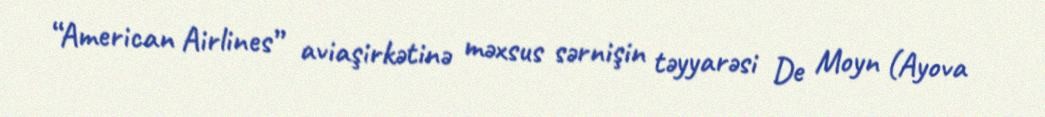
“American Airlines” aviaşirkətinə məxsus sərnişin təyyarəsi De Moyn (Ayova